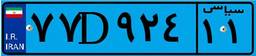
۷۷D۹۲۴۱۱